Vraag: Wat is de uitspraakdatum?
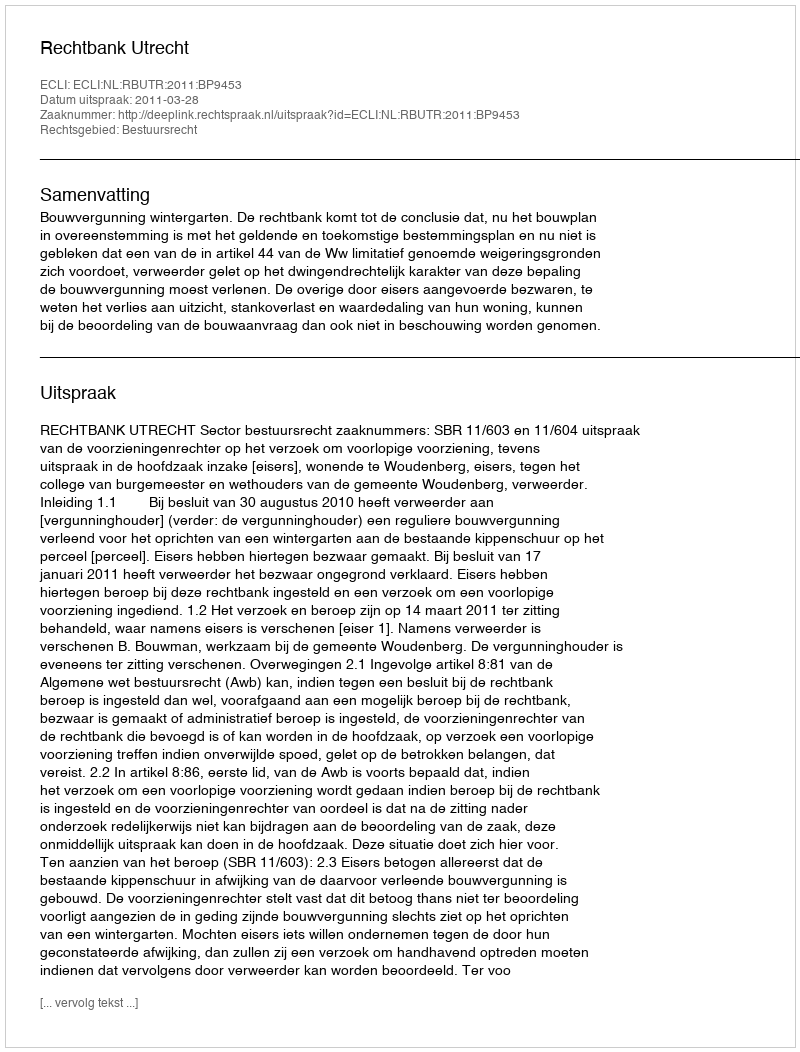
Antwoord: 2011-03-28